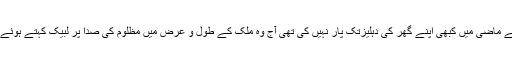
وہ شخصیت کہ جس نے ماضی میں کبھی اپنے گھر کی دہلیزتک پار نہیں کی تھی آج وہ ملک کے طول و عرض میں مظلوم کی صدا پر لبیک کہتے ہوئے دیوانہ وار پہنچتی ہیں۔